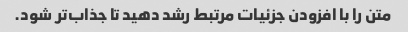
متن را با افزودن جزئیات مرتبط رشد دهید تا جذاب‌تر شود.